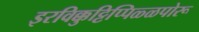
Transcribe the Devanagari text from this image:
इरविक्कुट्टिप्पिळ्ळपोरू